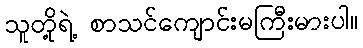
သူတို့ရဲ့ စာသင်ကျောင်းမကြီးမားပါ။